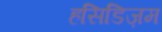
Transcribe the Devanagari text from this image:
हसिडिज़म